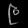
Digit: ၉